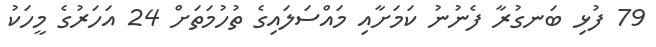
79 ފުޅި ބަނގުރާ ފެނުނު ކަމަށާއި މައްސަލައިގެ ތުހުމަތަށް 24 އަހަރުގެ މީހަކު